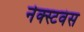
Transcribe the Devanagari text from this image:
नेक्स्टवंस